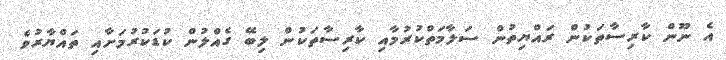
އެ ނޫން ކާރިސާތަކުން ރައްޔިތުން ސަލާމަތްކުރުމާއި ކާރިސާތަކުން ލިބޭ ގެއްލުން ކުޑަކުރުމަށާއި ތައްޔާރުވެ